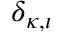
\delta _ { { \kappa } , \iota }